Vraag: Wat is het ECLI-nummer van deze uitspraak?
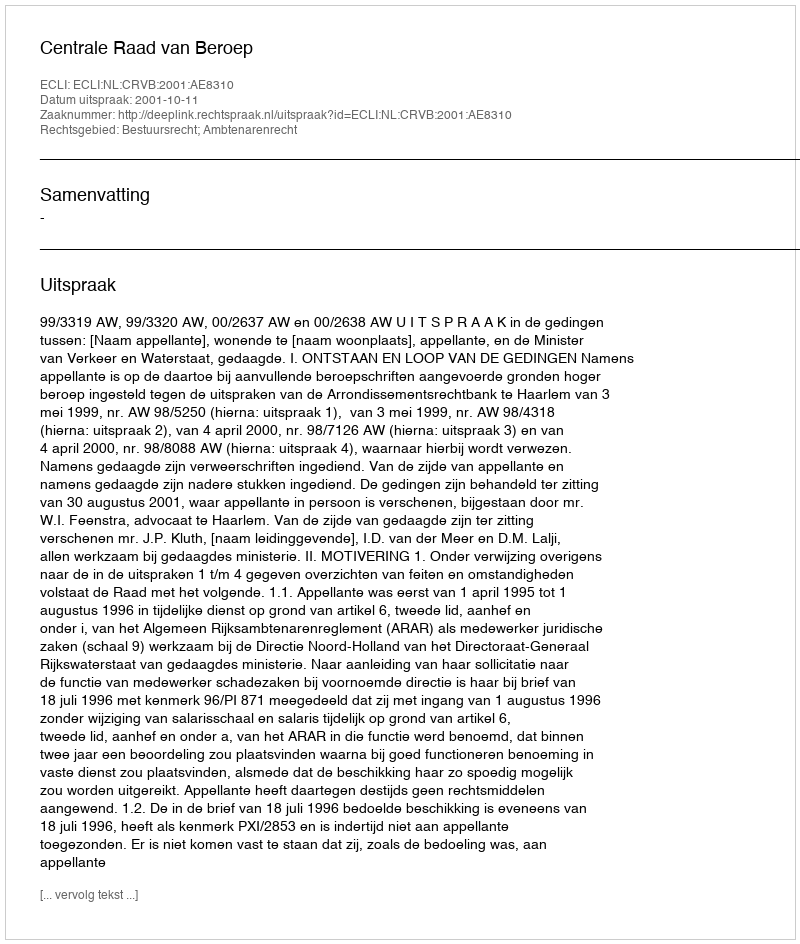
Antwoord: ECLI:NL:CRVB:2001:AE8310